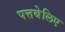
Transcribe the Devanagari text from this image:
पत्तबेलिए